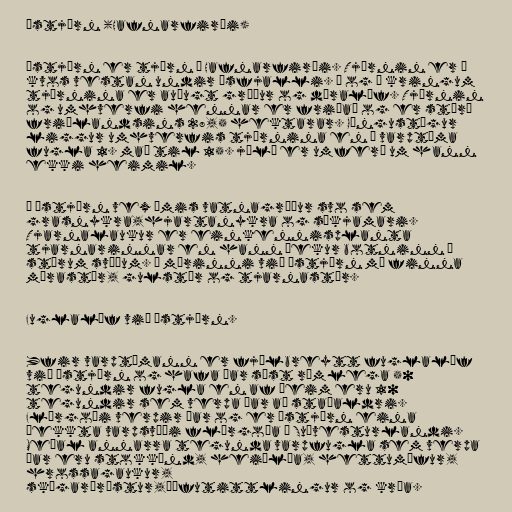
Ástjörn (Hafnarfirði)

Ástjörn er tjörn í Hafnarfirði. Tjörnin er í
kvos vestan undir Ásfjalli. Í og í kringum
tjörnina er auðugt gróður og dýralíf. Tjörnin
og umhverfi hennar er friðað og er stærð
friðlandsins 28,5 hektarar. Göngustígur
liggur umhverfis tjörnina en á varptíma
fugla 1. maí til 15. júlí er umferð um hann
ekki heimil.

Í Ástjörn vex ýmis vatnagróður svo sem
grasnykra,hjartanykra og síkjamari.
Tjarnalaukur er einkennisplanta
tjarnarinnar en hann þekur botninn á
stórum svæðum. Í mýrinni við Ástjörn má finna
mýrastör, gulstör og tjarnastör.

Fuglalíf við Ástjörn.

Yfir varptímann er fjölbreytt fuglalíf
við Ástjörn og hafa þar sést rúmlega 50
tegundir fugla en af þeim eru 10
tegundir sem verpa þar að staðaldri.
Flórgoði verpir þar og er Ástjörn eina
þekkta varpsvæði flórgoða á Suðvesturlandi.
Meðal annarra tegunda varpfugla sem verpa
þar eru stokkönd, heiðlóa, hettumáfur,
hrossagaukur,
skógarþröstur,þúfutittlingur og kría.